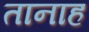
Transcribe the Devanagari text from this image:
तानाह